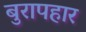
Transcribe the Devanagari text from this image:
बुरापहार